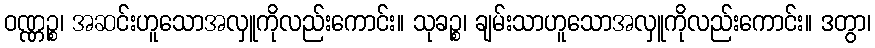
ဝဏ္ဏဉ္စ၊ အဆင်းဟူသောအလှူကိုလည်းကောင်း။ သုခဉ္စ၊ ချမ်းသာဟူသောအလှူကိုလည်းကောင်း။ ဒတွာ၊